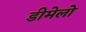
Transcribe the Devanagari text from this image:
डीमेलो